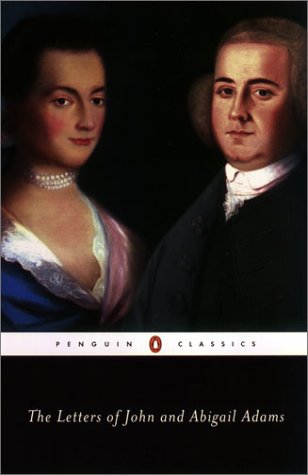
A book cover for The Letters of John and Abigail Adams; Abigail Adams; Literature & Fiction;